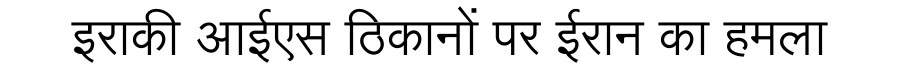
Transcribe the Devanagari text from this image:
इराकी आईएस ठिकानों पर ईरान का हमला